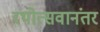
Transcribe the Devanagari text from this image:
रथोत्सवानंतर